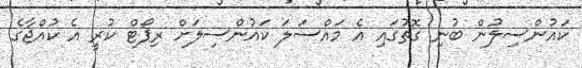
ކައުންސިލުން ބުނި ގޮތުގައި އެ މައްސަލަ ކައުންސިލަށް ރިޕޯޓް ކުރީ އެ ކުއްޖާގެ